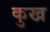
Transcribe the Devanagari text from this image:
कुख